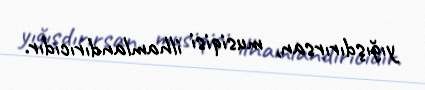
yığışdırırsan, musiqisi ilhamlandırıcıdır.